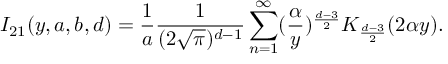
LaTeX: I _ { 2 1 } ( y , a , b , d ) = \frac { 1 } { a } \frac { 1 } { ( 2 \sqrt { \pi } ) ^ { d - 1 } } \sum _ { n = 1 } ^ { \infty } ( \frac { \alpha } { y } ) ^ { \frac { d - 3 } { 2 } } K _ { \frac { d - 3 } { 2 } } ( 2 \alpha y ) .